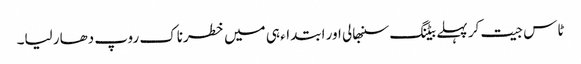
ٹاس جیت کر پہلے بیٹنگ سنبھالی اور ابتداء ہی میں خطرناک روپ دھار لیا۔